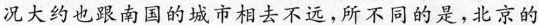
况大约也跟南国的城市相去不远，所不同的是，北京的